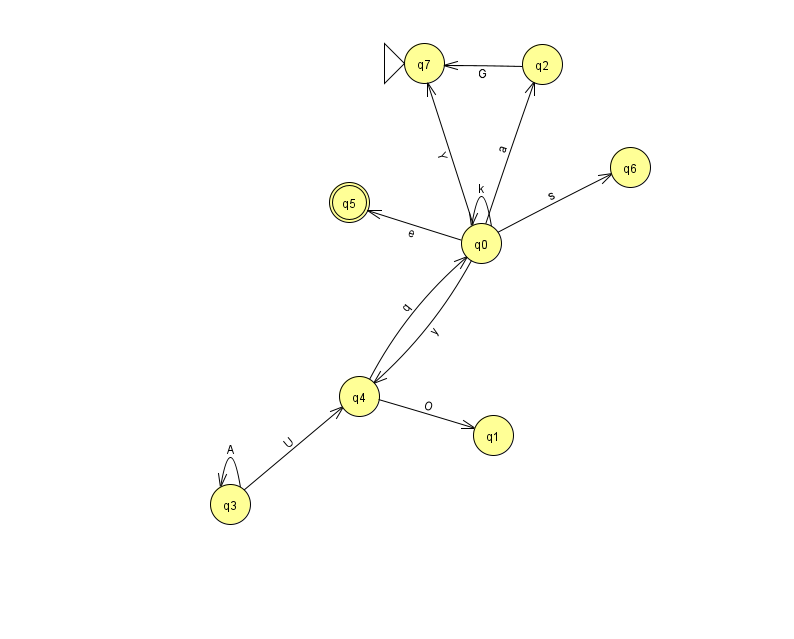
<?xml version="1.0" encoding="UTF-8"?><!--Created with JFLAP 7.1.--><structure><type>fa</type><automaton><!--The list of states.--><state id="0" name="q0"><x>481.0</x><y>230.0</y></state><state id="1" name="q1"><x>493.0</x><y>422.0</y></state><state id="2" name="q2"><x>542.0</x><y>51.0</y></state><state id="3" name="q3"><x>230.0</x><y>491.0</y></state><state id="4" name="q4"><x>359.0</x><y>383.0</y></state><state id="5" name="q5"><x>349.0</x><y>189.0</y><final/></state><state id="6" name="q6"><x>630.0</x><y>154.0</y></state><state id="7" name="q7"><x>424.0</x><y>50.0</y><initial/></state><!--The list of transitions.--><transition><from>3</from><to>3</to><read>A</read></transition><transition><from>0</from><to>4</to><read>y</read></transition><transition><from>0</from><to>7</to><read>Y</read></transition><transition><from>2</from><to>7</to><read>G</read></transition><transition><from>0</from><to>5</to><read>e</read></transition><transition><from>4</from><to>1</to><read>O</read></transition><transition><from>0</from><to>0</to><read>k</read></transition><transition><from>3</from><to>4</to><read>U</read></transition><transition><from>4</from><to>0</to><read>q</read></transition><transition><from>0</from><to>6</to><read>s</read></transition><transition><from>0</from><to>2</to><read>a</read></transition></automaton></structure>